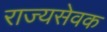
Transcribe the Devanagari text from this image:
राज्यसेवक